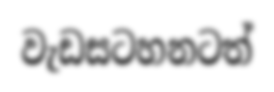
වැඩසටහනටත්